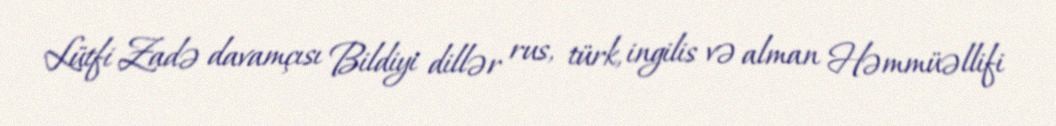
Lütfi Zadə davamçısı Bildiyi dillər rus, türk, ingilis və alman Həmmüəllifi